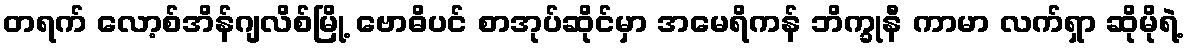
တရက် လော့စ်အိန်ဂျလိစ်မြို့ ဗောဓိပင် စာအုပ်ဆိုင်မှာ အမေရိကန် ဘိက္ခုနီ ကာမာ လက်ရှာ ဆိုမိုရဲ့